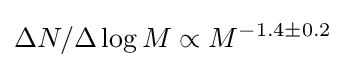
\Delta N/\Delta \log M\propto M^{-1.4\pm 0.2}